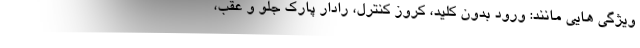
ویژگی هایی مانند: ورود بدون کلید، کروز کنترل، رادار پارک جلو و عقب،